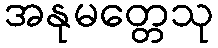
အနုမတ္တေသု